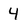
Character: 4